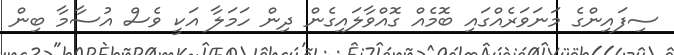
ސިފައިންގެ މަނަވަރެއްގައި ބޮމެއް ގޮއްވާލައިގެން ދިން ހަމަލާ އަކީ ވެސް އުސާމާ ބިން